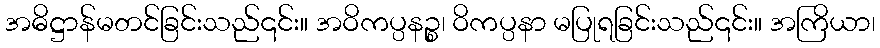
အဓိဋ္ဌာန်မတင်ခြင်းသည်၎င်း။ အဝိကပ္ပနဉ္စ၊ ဝိကပ္ပနာ မပြုရခြင်းသည်၎င်း။ အကြိယာ၊